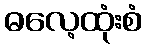
ဓလေ့ထုံးစံ